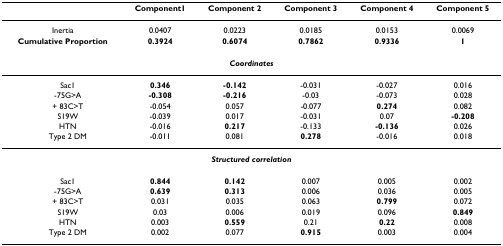
<table><thead><tr><td></td><td><b>Component1</b></td><td><b>Component 2</b></td><td><b>Component 3</b></td><td><b>Component 4</b></td><td><b>Component 5</b></td></tr></thead><tbody><tr><td>Inertia</td><td>0.0407</td><td>0.0223</td><td>0.0185</td><td>0.0153</td><td>0.0069</td></tr><tr><td><b>Cumulative Proportion</b></td><td><b>0.3924</b></td><td><b>0.6074</b></td><td><b>0.7862</b></td><td><b>0.9336</b></td><td><b>1</b></td></tr><tr><td colspan="6"><b><i>Coordinates</i></b></td></tr><tr><td> Sac1</td><td><b>0.346</b></td><td><b>-0.142</b></td><td>-0.031</td><td>-0.027</td><td>0.016</td></tr><tr><td> -75G&gt;A</td><td><b>-0.308</b></td><td><b>-0.216</b></td><td>-0.03</td><td>-0.073</td><td>0.028</td></tr><tr><td> + 83C&gt;T</td><td>-0.054</td><td>0.057</td><td>-0.077</td><td><b>0.274</b></td><td>0.082</td></tr><tr><td> S19W</td><td>-0.039</td><td>0.017</td><td>-0.031</td><td>0.07</td><td><b>-0.208</b></td></tr><tr><td> HTN</td><td>-0.016</td><td><b>0.217</b></td><td>-0.133</td><td><b>-0.136</b></td><td>0.026</td></tr><tr><td> Type 2 DM</td><td>-0.011</td><td>0.081</td><td><b>0.278</b></td><td>-0.016</td><td>0.018</td></tr><tr><td colspan="6"><b><i>Structured correlation</i></b></td></tr><tr><td> Sac1</td><td><b>0.844</b></td><td><b>0.142</b></td><td>0.007</td><td>0.005</td><td>0.002</td></tr><tr><td> -75G&gt;A</td><td><b>0.639</b></td><td><b>0.313</b></td><td>0.006</td><td>0.036</td><td>0.005</td></tr><tr><td> + 83C&gt;T</td><td>0.031</td><td>0.035</td><td>0.063</td><td><b>0.799</b></td><td>0.072</td></tr><tr><td> S19W</td><td>0.03</td><td>0.006</td><td>0.019</td><td>0.096</td><td><b>0.849</b></td></tr><tr><td> HTN</td><td>0.003</td><td><b>0.559</b></td><td>0.21</td><td><b>0.22</b></td><td>0.008</td></tr><tr><td> Type 2 DM</td><td>0.002</td><td>0.077</td><td><b>0.915</b></td><td>0.003</td><td>0.004</td></tr></tbody></table>